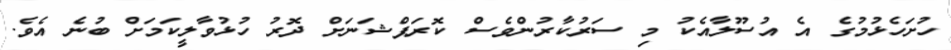
ހުށަހެޅުމުގެ އެ އުސޫލާއެކު މި ސަރުކާރުންވެސް ކޮރަޕްޝަނަށް ދޮރު ހުޅުވާލީކަމަށް ބުނެ އެވެ.